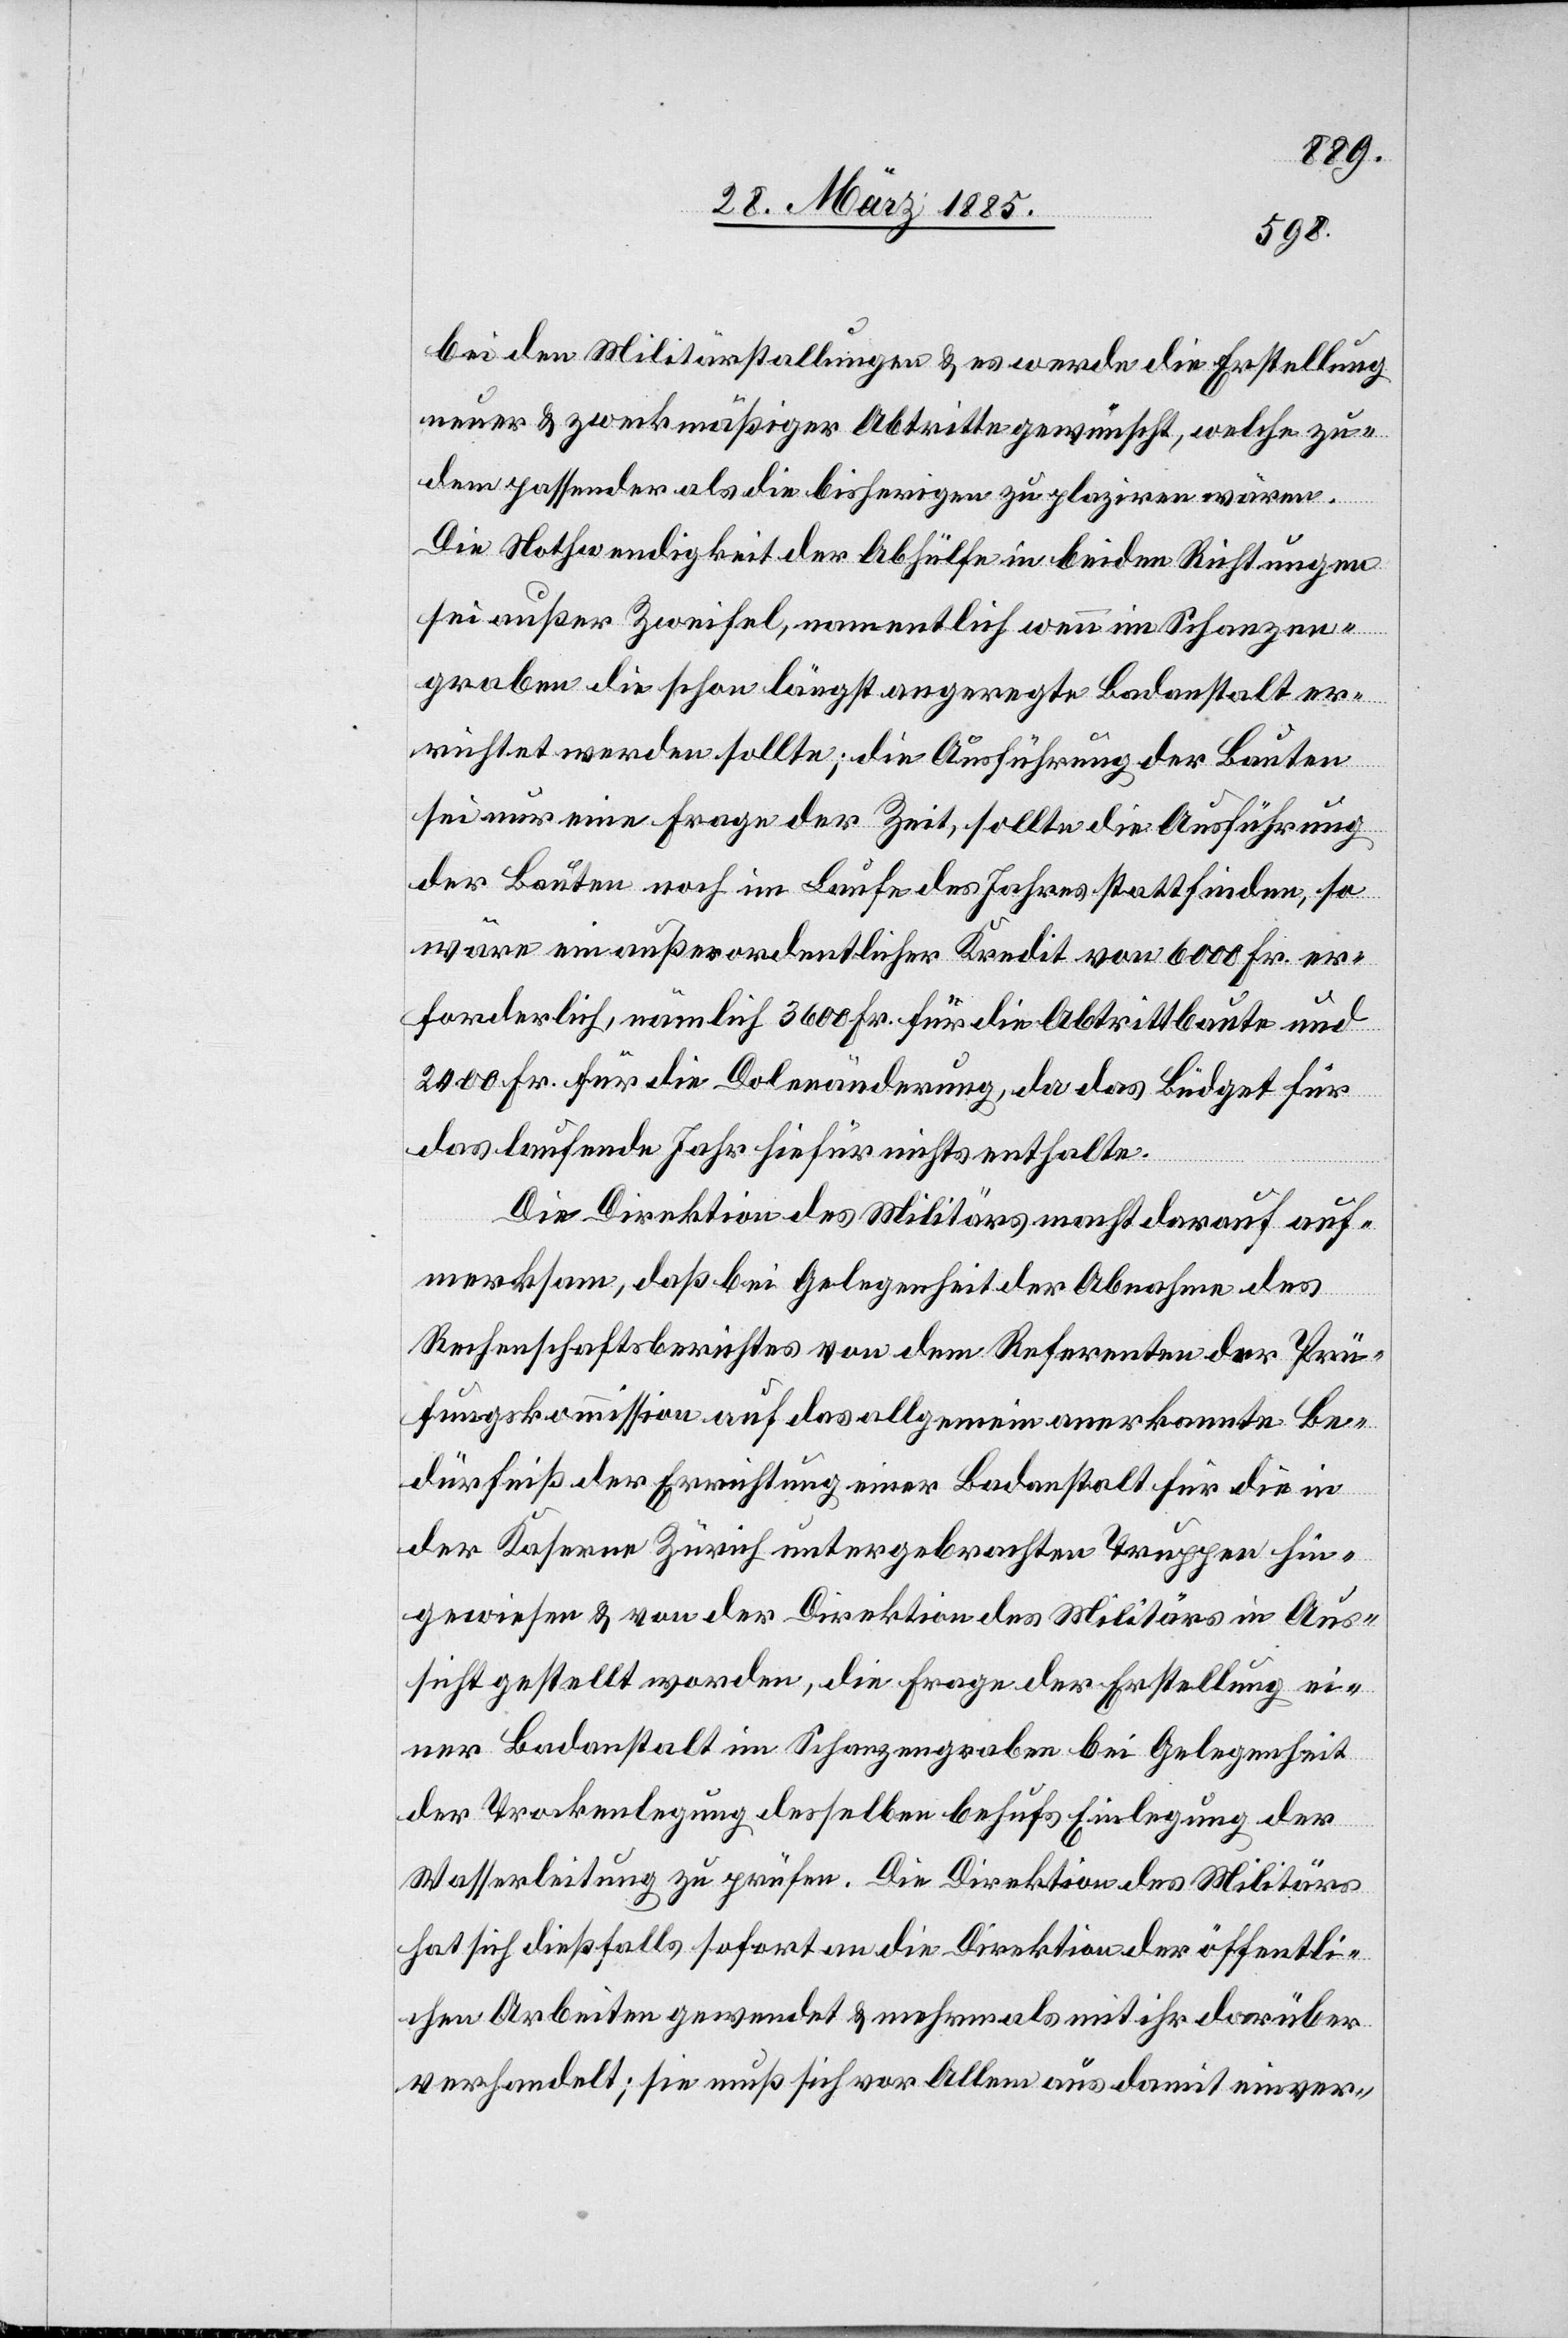
bei den Militärstallungen & es werde Erstellung
neuer & zweckmäßiger Abtritte gewünscht, welche zu¬
dem passender als die bisherigen zu plaziren wären.
Die Nothwendigkeit der Abhülfe in beiden Richtungen
sei außer Zweifel, namentlich wenn im Schanzen¬
graben die schon längst angeregte Badanstalt er¬
richtet werden sollte; die Ausführung der Bauten
sei nur eine Frage der Zeit, sollte die Ausführung
der Bauten noch im Laufe des Jahres stattfinden, so
wäre ein außerordentlicher Kredit von 6000 Fr. er¬
forderlich, nämlich 3600 Fr. für die Abtrittbaute und
2400 Fr. für die Dolenänderung, da das Büdget für
das laufende Jahr hiefür nichts enthalte.
Die Direktion des Militärs macht darauf auf¬
merksam, daß bei Gelegenheit der Abnahme des
Rechenschaftsberichtes von dem Referenten der Prü¬
fungskommission auf das allgemein anerkannte Be¬
dürfniß der Errichtung einer Badanstalt für die in
der Kaserne Zürich untergebrachten Truppen hin¬
gewiesen & von der Direktion des Militärs in Aus¬
sicht gestellt worden, die Frage der Erstellung ei¬
ner Badanstalt im Schanzengraben bei Gelegenheit
der Trockenlegung desselben behufs Einlegung der
Wasserleitung zu prüfen. Die Direktion des Militärs
hat sich dießfalls sofort an die Direktion der öffentli¬
chen Arbeiten gewendet & mehrmals mit ihr darüber
verhandelt; sie muß sich vor Allem aus damit einver-